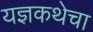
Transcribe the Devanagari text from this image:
यज्ञकथेचा